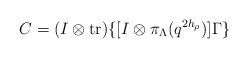
LaTeX: \begin{align*}C=(I\otimes {\rm tr})\{[I\otimes \pi_\Lambda(q^{2h_\rho})]\Gamma\}\end{align*}